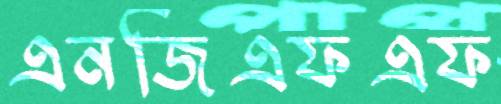
এনজিএফএফ